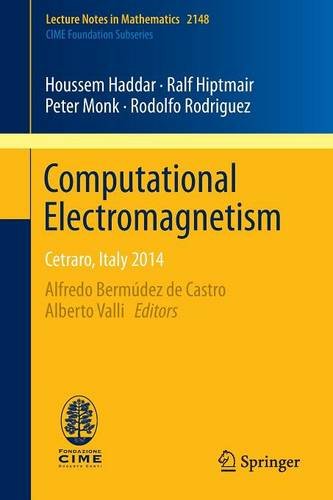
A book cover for Computational Electromagnetism: Cetraro, Italy 2014 (Lecture Notes in Mathematics); Houssem Haddar; Science & Math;